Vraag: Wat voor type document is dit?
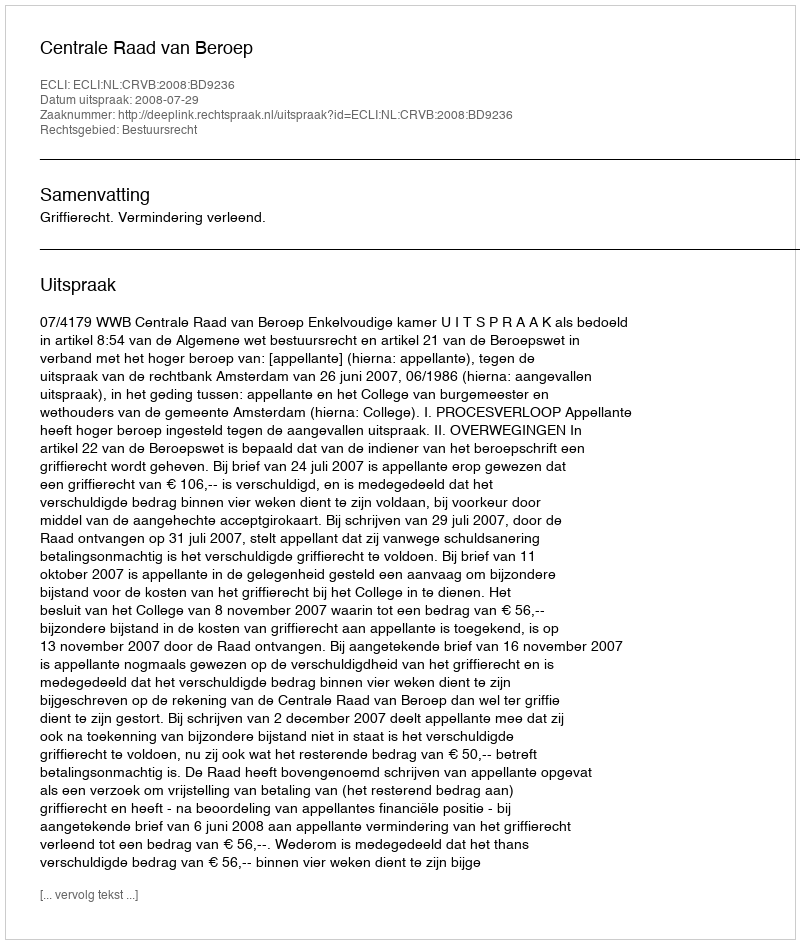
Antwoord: Uitspraak